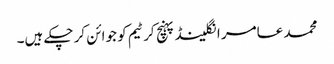
محمد عامر انگلینڈ پہنچ کر ٹیم کو جوائن کر چکے ہیں۔